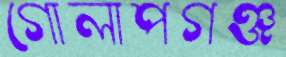
গোলাপগঞ্জ